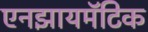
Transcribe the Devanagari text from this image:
एनझायमॅटिक